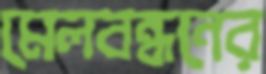
মেলবন্ধনের